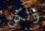
ولكن